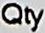
QTY